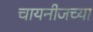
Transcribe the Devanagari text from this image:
चायनीजच्या